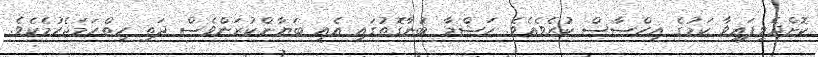
ކޮށްދެވިފައިވާ ކަމުގެ އިހްސާސް ކުރެވެއެވެ. ހަޝްމާ ބުނާގޮތުގައި އެއީ ބަޔާންކުރަންވެސް ދަތި ހިތްހަމަޖެހުމެކެވެ.